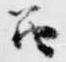
笛